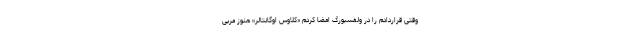
وقتی قراردادم را در ولفسبورگ امضا کردم «کلاوس اوگانتالر» هنوز مربی